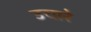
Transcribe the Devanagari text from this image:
उचारे